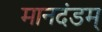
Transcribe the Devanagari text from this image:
मानदंडम्